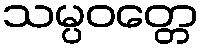
သမ္ပဝတ္တေ